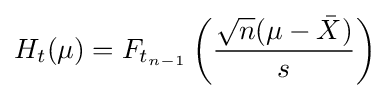
H_{t}(\mu )=F_{t_{n-1}}\left({\frac {{\sqrt {n}}(\mu -{\bar {X}})}{s}}\right)